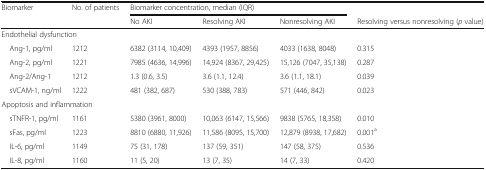
| <ROWSPAN=2> Biomarker | <ROWSPAN=2> No. of patients | <COLSPAN=3> Biomarker concentration, median (IQR) |  |
 | No AKI | Resolving AKI | Nonresolving AKI | Resolving versus nonresolving (p value) |
 | --- | --- | --- | --- | --- | --- |
 | <COLSPAN=6> Endothelial dysfunction |
 | Ang-1, pg/ml | 1212 | 6382 (3114, 10,409) | 4393 (1957, 8856) | 4033 (1638, 8048) | 0.315 |
 | Ang-2, pg/ml | 1221 | 7985 (4636, 14,996) | 14,924 (8367, 29,425) | 15,126 (7047, 35,138) | 0.287 |
 | Ang-2/Ang-1 | 1212 | 1.3 (0.6, 3.5) | 3.6 (1.1, 12.4) | 3.6 (1.1, 18.1) | 0.039 |
 | sVCAM-1, ng/ml | 1222 | 481 (382, 687) | 530 (388, 783) | 571 (446, 842) | 0.023 |
 | <COLSPAN=6> Apoptosis and inflammation |
 | sTNFR-1, pg/ml | 1161 | 5380 (3961, 8000) | 10,063 (6147, 15,566) | 9838 (5765, 18,358) | 0.010 |
 | sFas, pg/ml | 1223 | 8810 (6880, 11,926) | 11,586 (8095, 15,700) | 12,879 (8938, 17,682) | 0.001a |
 | IL-6, pg/ml | 1149 | 75 (31, 178) | 137 (59, 351) | 147 (58, 375) | 0.536 |
 | IL-8, pg/ml | 1160 | 11 (5, 20) | 13 (7, 35) | 14 (7, 33) | 0.420 |